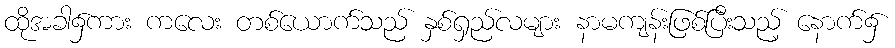
ထိုအခါ၌ကား ကလေး တစ်ယောက်သည် နှစ်ရှည်လများ နာမကျန်းဖြစ်ပြီးသည့် နောက်၌